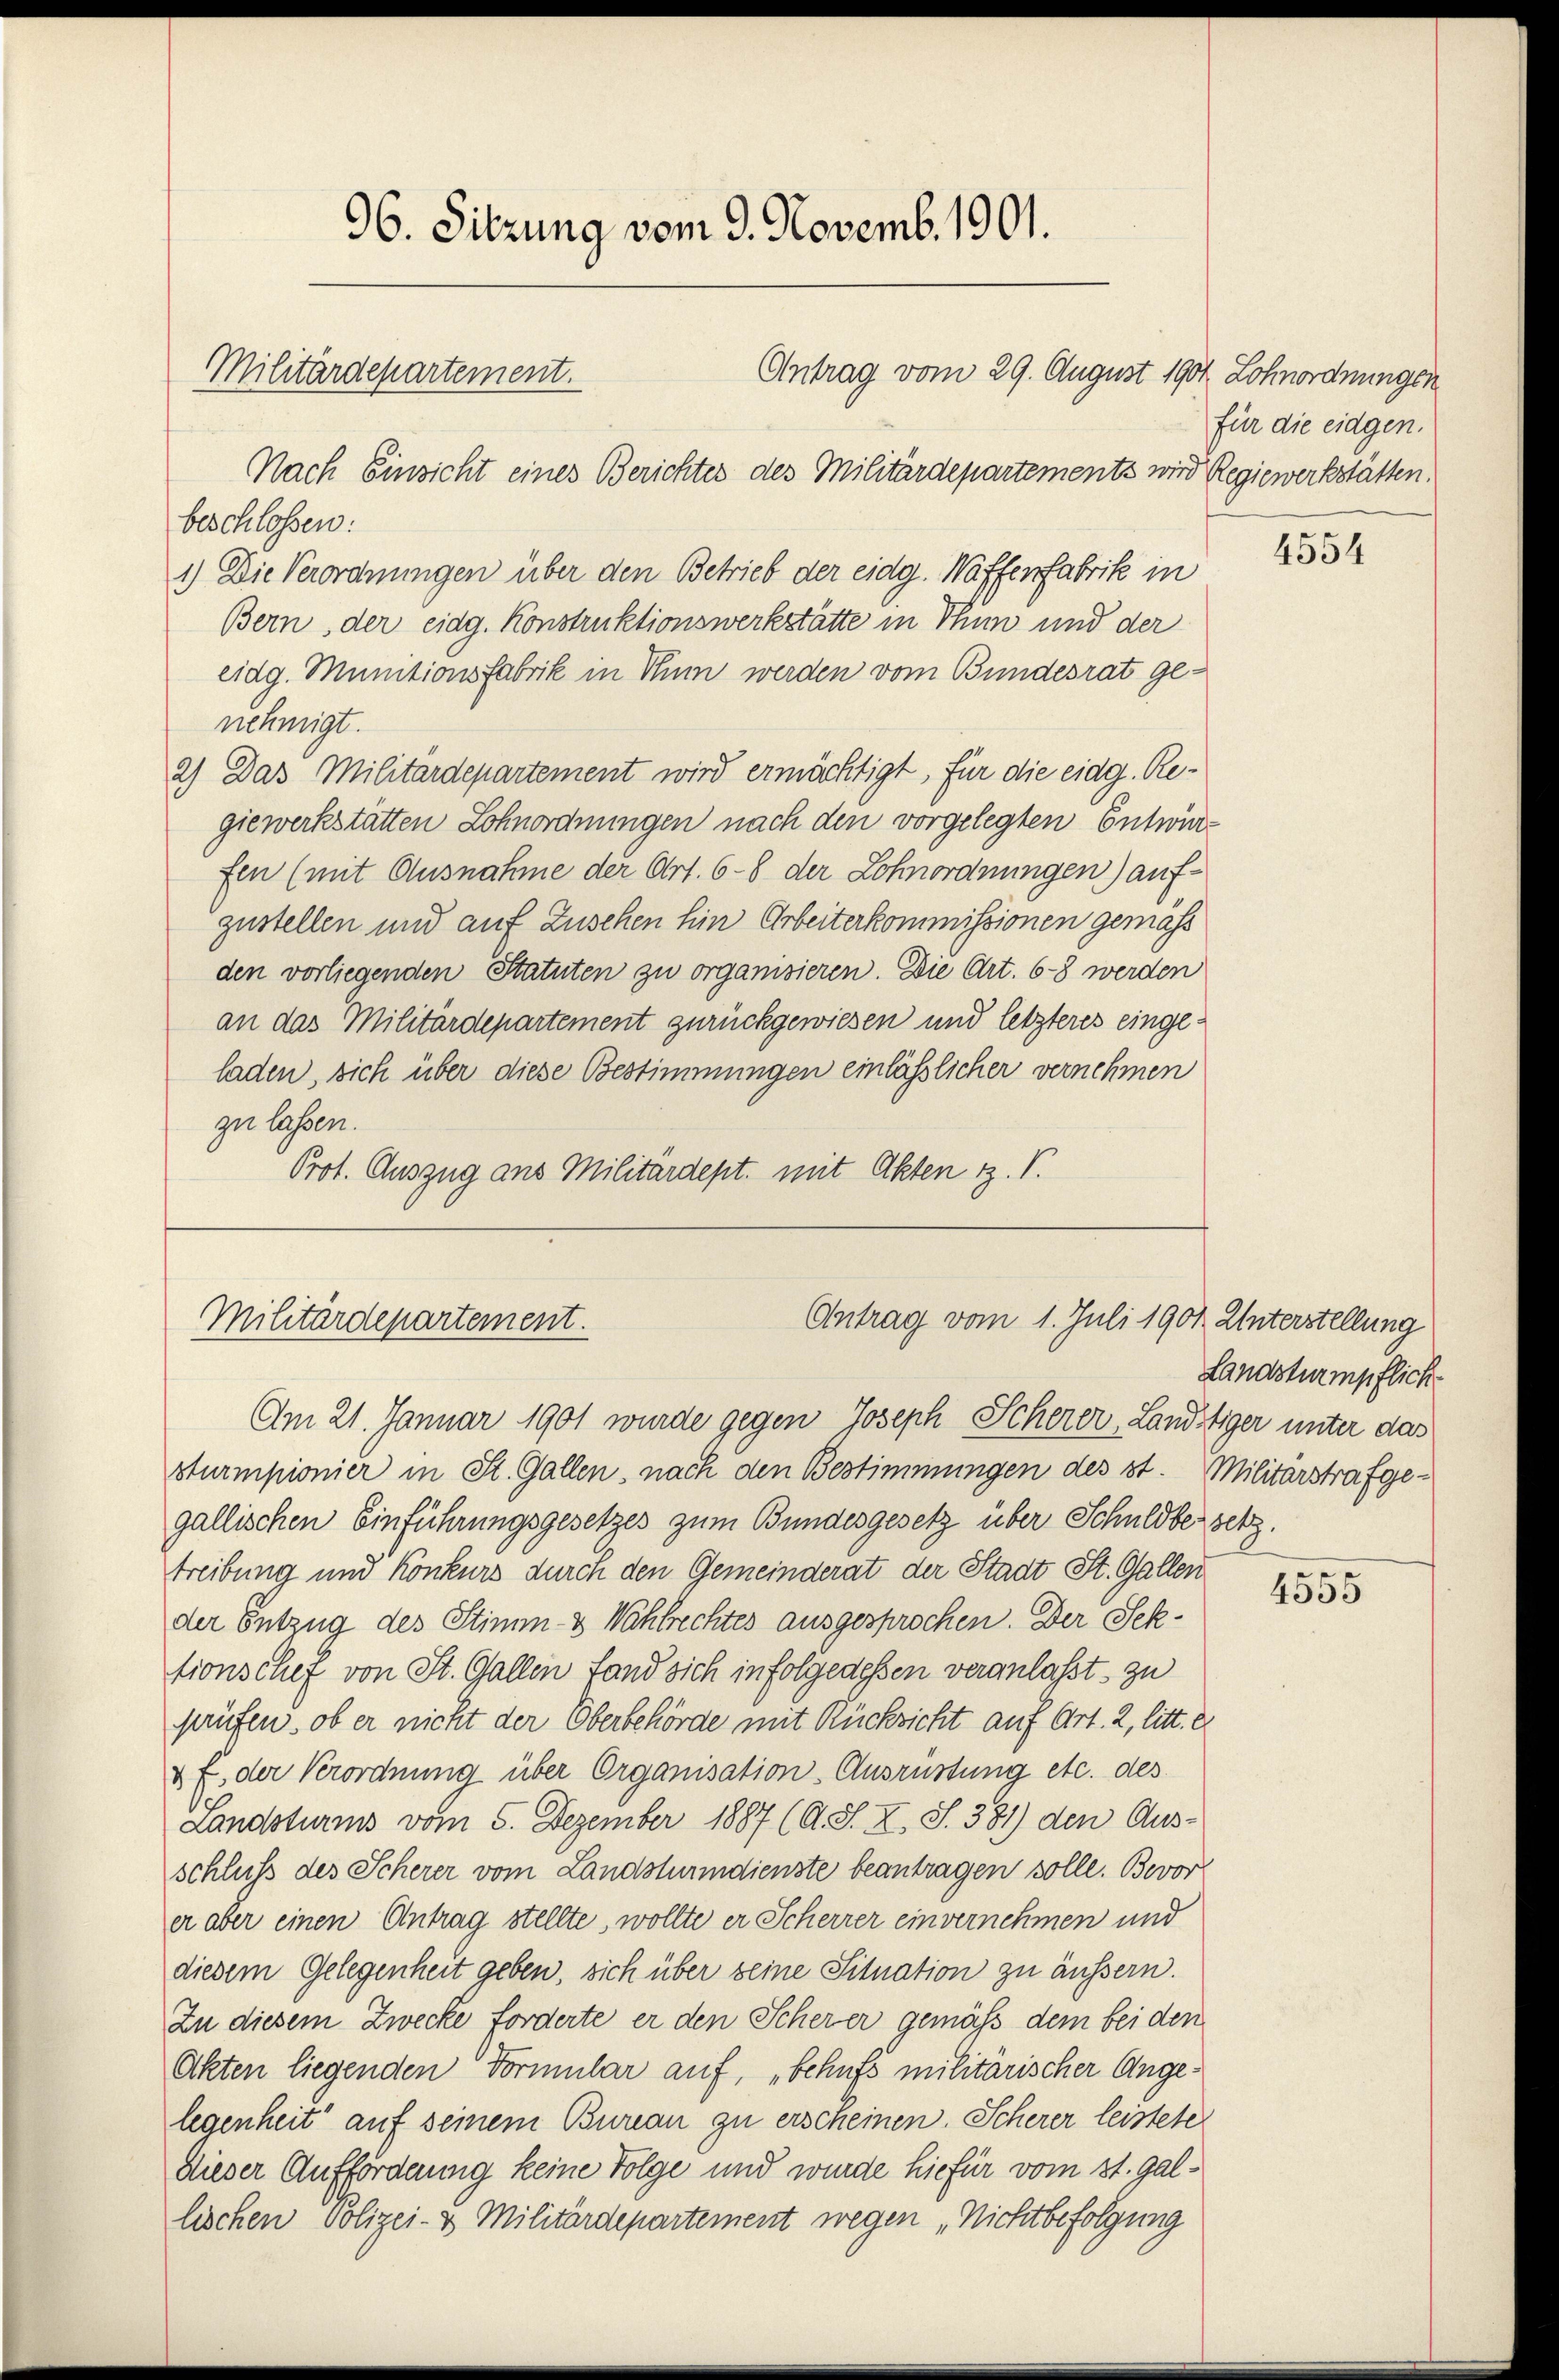
96. Sitzung vom 9. Novemb. 1901.
Militärdepartement.

Antrag vom 29. August 1901 Lohnordnungen
Nach Einsicht eines Berichtes des Militärdepartements wird Regiewerkstätten.
beschlossen:
1.) Die Verordnungen über den Betrieb der eidg. Waffenfabrik in
Bern, der eidg. Konstruktionswerkstätte in Thun und der
eidg. Munitionsfabrik in Thun werden vom Bundesrat genehmigt.
2) Das Militärdepartement wird ermächtigt, für die eidg. Regiewerkstätten Lohnordnungen nach den vorgelegten Entwurfen (mit Ausnahme der Art. 6 - 8 der Lohnordnungen) aufzustellen und auf Zuschen hin Arbeiterkommissionen gemäss
den vorliegenden Statuten zu organisieren. Die Art. 68 werden
an das Militärdepartement zurückgewiesen und letzteres eingeladen, sich über diese Bestimmungen einlässlicher vernehmen
zu lassen.
Prot. Auszug aus Militärdept. mit Akten u. V.

Antrag vom 1. Juli 1901 Unterstellung
Militärdepartement.

für die eidgen.

4554

Landsturmpflich

Am 21. Januar 1901 wurde gegen Joseph Scherer, Landstiger unter das
sturmpionier in St. Gallen, nach den Bestimmungen des st. Militärstrafgegallischen Einführungsgesetzes zum Bundesgesetz über Schuldbersetz.
treibung und Konkurs durch den Gemeinderat der Stadt St. Gallen
der Entzug des Stimm- & Wahlrechtes ausgesprochen. Der Sektionschef von St. Gallen fand sich infolgedessen veranlaßt, zu
prüfen, ob er nicht der Oberbehörde mit Rücksicht auf Art. 2, litt. e
3 f. der Verordnung über Organisation Ausrüstung etc. des
Landsturms vom 5. Dezember 1887 (O. S. X. S. 381) den Aus-
schluß des Scherer vom Landsturndienste beantragen solle. Bevor
er aber einen Antrag stellte, wollte er Scherrer einvernehmen und
diesem Gelegenheit geben, sich über seine Situation zu äussern.
Zu diesem Zwecke forderte er den Scherer gemäß dem bei den
Akten liegenden Formular auf, „behufs militärischer Angelegenheit“ auf seinem Bureau zu erscheinen. Scherer leistete
Dieser Aufforderung keine Folge und wurde hiefür vom 31. Gallischen Polizei- & Militärdepartement wegen „Nichtbefolgung

x
4000